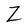
Character: Z